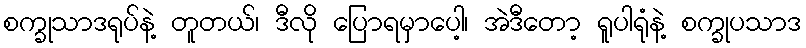
စက္ခုသာဒရုပ်နဲ့ တူတယ်၊ ဒီလို ပြောရမှာပေါ့၊ အဲဒီတော့ ရူပါရုံနဲ့ စက္ခုပသာဒ